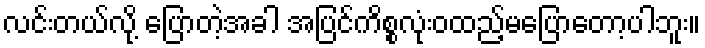
လင်းတယ်လို့ ပြောတဲ့အခါ အပြင်ကိစ္စလုံးဝထည့်မပြောတော့ပါဘူး။